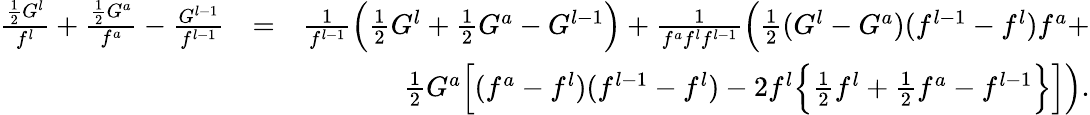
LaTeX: \begin{array}{rlr}{\frac{\frac{1}{2}G^{l}}{f^{l}}+\frac{\frac{1}{2}G^{a}}{f^{a}}-\frac{G^{l-1}}{f^{l-1}}}&{=}&{\frac{1}{f^{l-1}}\Big(\frac{1}{2}G^{l}+\frac{1}{2}G^{a}-G^{l-1}\Big)+\frac{1}{f^{a}f^{l}f^{l-1}}\Big(\frac{1}{2}(G^{l}-G^{a})(f^{l-1}-f^{l})f^{a}+}\\ &{}&{\frac{1}{2}G^{a}\Big[(f^{a}-f^{l})(f^{l-1}-f^{l})-2f^{l}\Big\{ \frac{1}{2}f^{l}+\frac{1}{2}f^{a}-f^{l-1}\Big\} \Big]\Big).}\end{array}